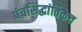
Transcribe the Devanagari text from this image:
पंचसिद्धांतिकेत